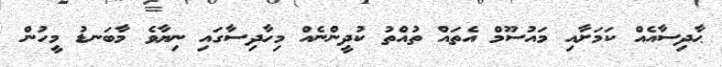
ޙާދިސާއެއް ކަމަށާއި މައުސޫމް އެތައް ތުއްތު ކުދީންނެއް މިހާދިސާގައި ނިޔާވެ މާބަނޑު މީހުން